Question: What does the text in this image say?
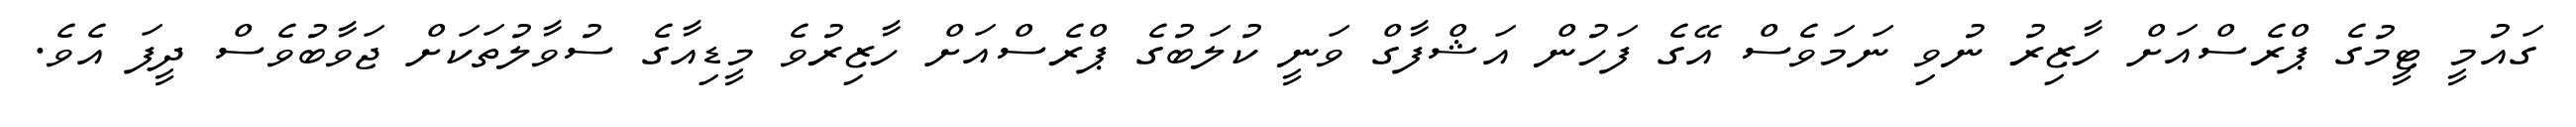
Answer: ގައުމީ ޓީމުގެ ޕްރެސްއަށް ހާޒިރު ނުވި ނަމަވެސް އޭގެ ފަހުން އަޝްފާގް ވަނީ ކުލަބުގެ ޕްރެސްއަށް ހާޒިރުވެ މީޑިއާގެ ސުވާލުތަކަށް ޖަވާބުވެސް ދީފަ އެވެ.